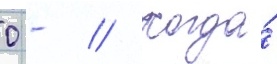
0 - // Когда́